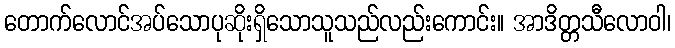
တောက်လောင်အပ်သောပုဆိုးရှိသောသူသည်လည်းကောင်း။ အာဒိတ္တသီလောဝါ၊